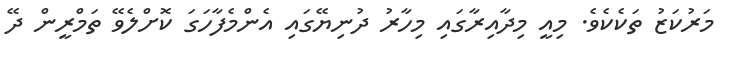
މަރުކަޒު ތަކެކެވެ. މިއީ މިދާއިރާގައި މިހާރު ދުނިޔޭގައި އެންމެފާހަގަ ކޮށްލެވޭ ތަމްރީން ދޭ